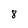
Character: 8